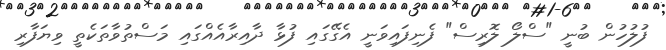
ފުލުހުން ބުނީ "ސްލޯ ލޮރިސް" ފެނިފައިވަނީ އެގޭގައި ފުޅާ ދާއިރާއެއްގައި މަސްތުވާތަކެތީ ވިޔަފާރި